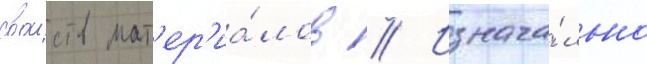
своиств мат'ер'иа́лов // Изнача́льно